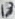
Text: 18